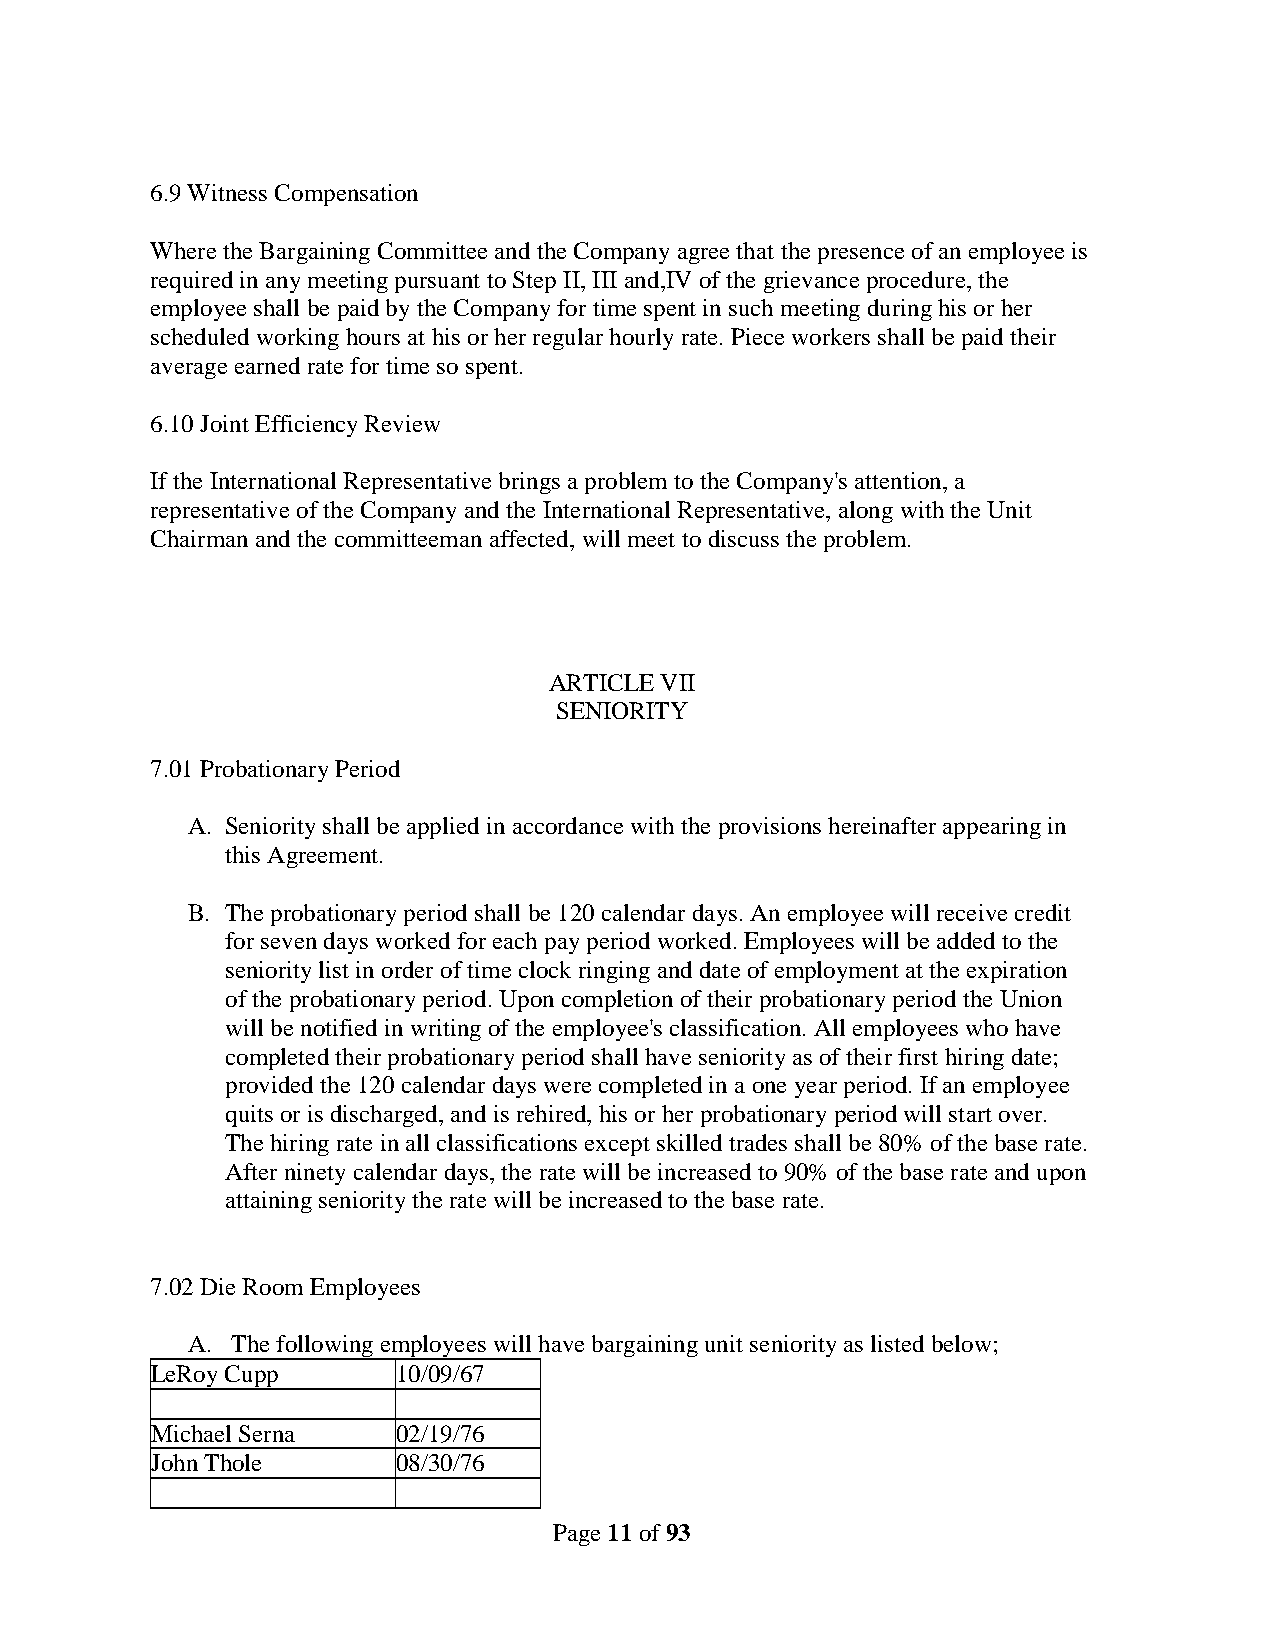
6.9 Witness Compensation
 Where the Bargaining Committee and the Company agree that the presence of an employee is
 required in any meeting pursuant to Step II, III and,IV of the grievance procedure, the
 employee shall be paid by the Company for time spent in such meeting during his or her
 scheduled working hours at his or her regular hourly rate. Piece workers shall be paid their
 average earned rate for time so spent.
 6.10 Joint Efficiency Review
 If the International Representative brings a problem to the Company's attention, a
 representative of the Company and the International Representative, along with the Unit
 Chairman and the committeeman affected, will meet to discuss the problem.
 ARTICLE VII
 SENIORITY
 7.01 Probationary Period
 A. Seniority shall be applied in accordance with the provisions hereinafter appearing in
 this Agreement.
 B. The probationary period shall be 120 calendar days. An employee will receive credit
 for seven days worked for each pay period worked. Employees will be added to the
 seniority list in order of time clock ringing and date of employment at the expiration
 of the probationary period. Upon completion of their probationary period the Union
 will be notified in writing of the employee's classification. All employees who have
 completed their probationary period shall have seniority as of their first hiring date;
 provided the 120 calendar days were completed in a one year period. If an employee
 quits or is discharged, and is rehired, his or her probationary period will start over.
 The hiring rate in all classifications except skilled trades shall be 80% of the base rate.
 After ninety calendar days, the rate will be increased to 90% of the base rate and upon
 attaining seniority the rate will be increased to the base rate.
 7.02 Die Room Employees
 A. The following employees will have bargaining unit seniority as listed below;
 LeRoy Cupp      10/09/67
 Michael Serna   02/19/76
 John Thole      08/30/76
 Page 11 of 93